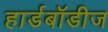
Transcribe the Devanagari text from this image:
हार्डबॉडीज